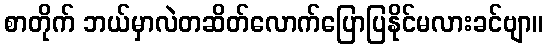
စာတိုက် ဘယ်မှာလဲတဆိတ်လောက်ပြောပြနိုင်မလားခင်ဗျာ။